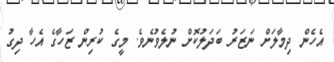
އެހެން ދިމާލަށް ނަޒަރު ބަދަލުކޮށް ނުލެވުނެވެ. މީގެ ކުރިން ޒަހާގެ އެހާ ދިގު